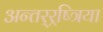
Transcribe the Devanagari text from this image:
अन्तर्‍र्रष्त्रिया